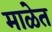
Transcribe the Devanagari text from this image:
माळेत